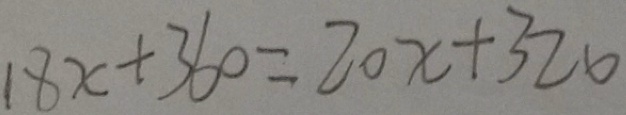
1 8 x + 3 6 0 = 2 0 x + 3 2 0